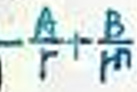
\(-\frac{A}{r}+\frac{B}{r^{2}}\)